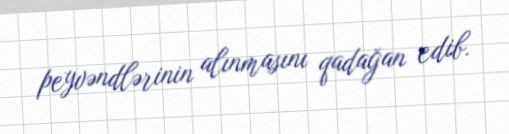
peyvəndlərinin alınmasını qadağan edib.